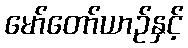
မော်တော်ယာဉ်နှင့်